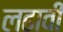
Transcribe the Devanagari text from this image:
लढावी